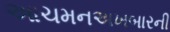
આચમનઅખબારની